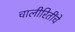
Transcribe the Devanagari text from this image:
चालीरितींचे